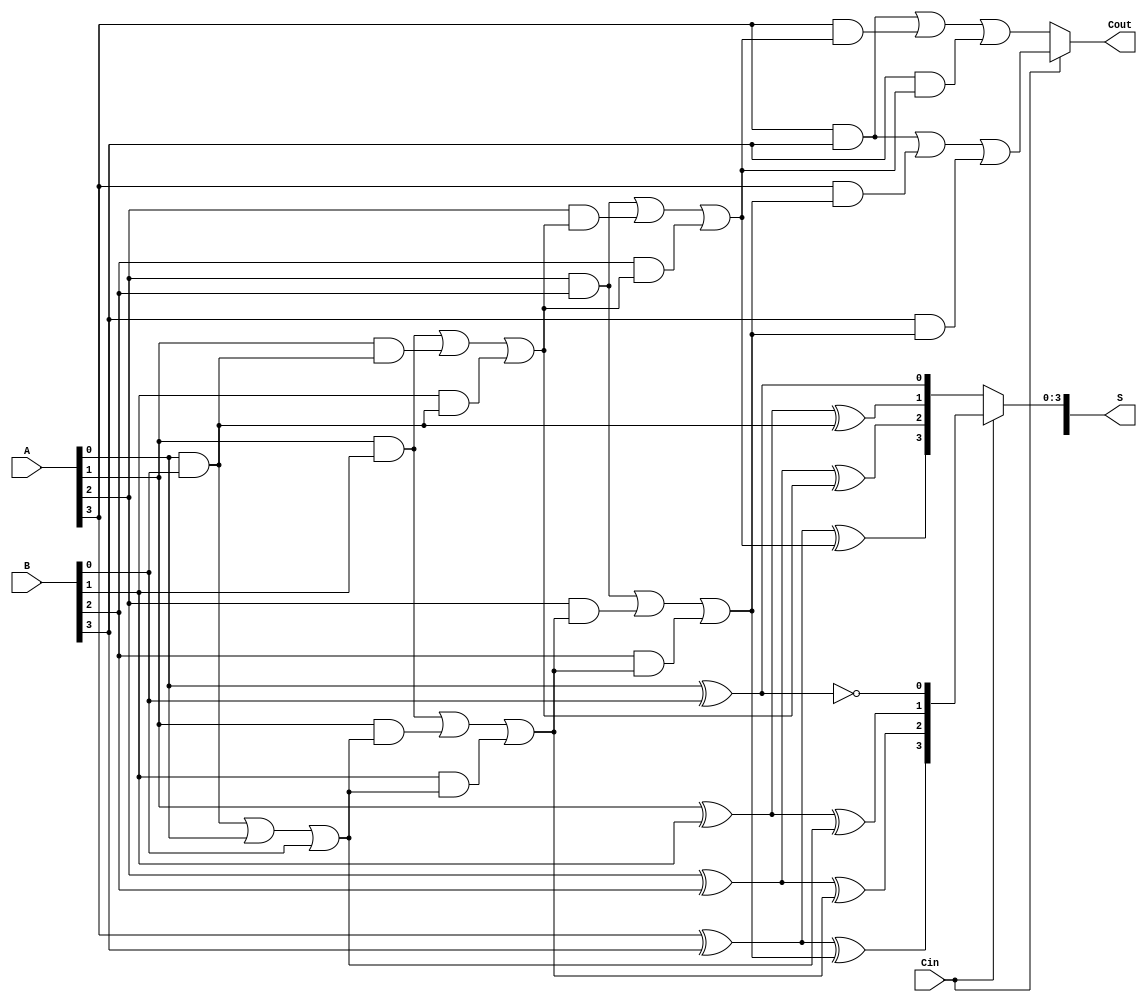
module CarrySelectAdder #(parameter N = 4) (
    input [N-1:0] A,
    input [N-1:0] B,
    input Cin,
    output [N:0] S,
    output Cout
);
    wire [N-1:0] S0, S1;   // Sum outputs for carry-in = 0 and carry-in = 1
    wire [N:0] Cout0, Cout1; // Carry outs for carry-in = 0 and carry-in = 1

    // Generate full adders for both carry-in conditions
    generate
        genvar i;
        for (i = 0; i < N; i = i + 1) begin : adder_block
            if (i == 0) begin
                // First bit (Least Significant Bit)
                assign S0[i] = A[i] ^ B[i] ^ 0;  // Sum when Cin = 0
                assign Cout0[i+1] = (A[i] & B[i]) | (A[i] & 0) | (B[i] & 0); // Carry out when Cin = 0

                assign S1[i] = A[i] ^ B[i] ^ 1;  // Sum when Cin = 1
                assign Cout1[i+1] = (A[i] & B[i]) | (A[i] & 1) | (B[i] & 1); // Carry out when Cin = 1
            end else begin
                // Subsequent bits
                assign S0[i] = A[i] ^ B[i] ^ Cout0[i];  // Sum when Cin = 0
                assign Cout0[i+1] = (A[i] & B[i]) | (A[i] & Cout0[i]) | (B[i] & Cout0[i]); // Carry out when Cin = 0

                assign S1[i] = A[i] ^ B[i] ^ Cout1[i];  // Sum when Cin = 1
                assign Cout1[i+1] = (A[i] & B[i]) | (A[i] & Cout1[i]) | (B[i] & Cout1[i]); // Carry out when Cin = 1
            end
        end
    endgenerate

    // MUX to select between the two sums based on Cin
    assign S[N-1:0] = (Cin) ? S1 : S0;
    assign Cout = (Cin) ? Cout1[N] : Cout0[N];

endmodule